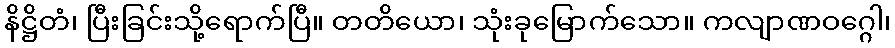
နိဋ္ဌိတံ၊ ပြီးခြင်းသို့ရောက်ပြီ။ တတိယော၊ သုံးခုမြောက်သော။ ကလျာဏဝဂ္ဂေါ၊